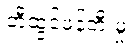
တီထွင်ဖန်တီးမှု